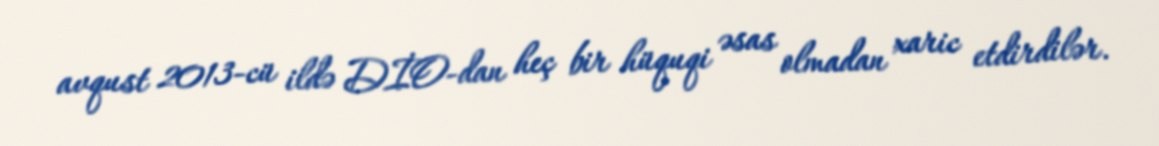
avqust 2013-cü ildə DİO-dan heç bir hüquqi əsas olmadan xaric etdirdilər.